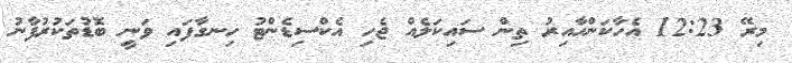
މިރޭ 12:23 އެހާކަންހާއިރު ތިން ސައިކަލެއް ޖެހި އެކްސިޑެންޓު ހިނގާފައި ވަނީ ބޮޑުތަކުރުފާނު